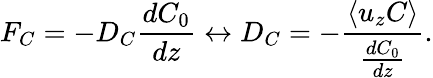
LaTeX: F_{C}=-D_{C}\frac{dC_{0}}{dz}\leftrightarrow D_{C}=-\frac{\langle{u}_{z}{C}\rangle}{\frac{dC_{0}}{dz}}.